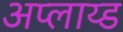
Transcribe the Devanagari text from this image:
अप्लाय्ड